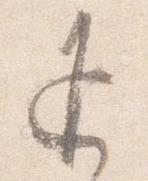
返